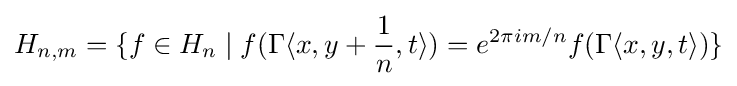
H_{n,m}=\{f\in H_{n}\mid f(\Gamma \langle x,y+{1 \over n},t\rangle )=e^{2\pi im/n}f(\Gamma \langle x,y,t\rangle )\}